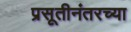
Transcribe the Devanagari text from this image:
प्रसूतीनंतरच्या